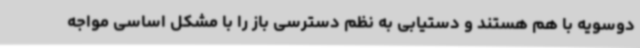
دوسویه با هم هستند و دستیابی به نظم دسترسی باز را با مشکل اساسی مواجه